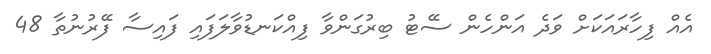
އެއް ފިހާރައަކަށް ވަދެ އަންހެން ސޭޓު ބިރުގަންވާ ފިއްކަނޑުވާލަފައި ފައިސާ ފޭރުނުތާ 48